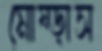
মোষ্‌ড়াস